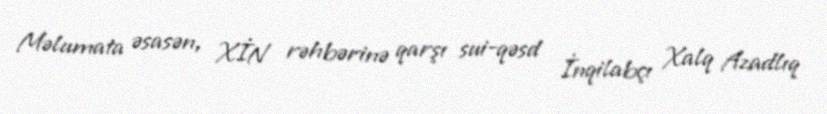
Məlumata əsasən, XİN rəhbərinə qarşı sui-qəsd İnqilabçı Xalq Azadlıq